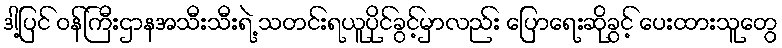
ဒါ့ပြင် ဝန်ကြီးဌာနအသီးသီးရဲ့ သတင်းရယူပိုင်ခွင့်မှာလည်း ပြောရေးဆိုခွင့် ပေးထားသူတွေ